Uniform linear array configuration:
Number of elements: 8
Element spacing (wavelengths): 0.75
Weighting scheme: cosine
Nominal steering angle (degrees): -15
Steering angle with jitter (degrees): -13.824
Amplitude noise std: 0.05
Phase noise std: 0.05

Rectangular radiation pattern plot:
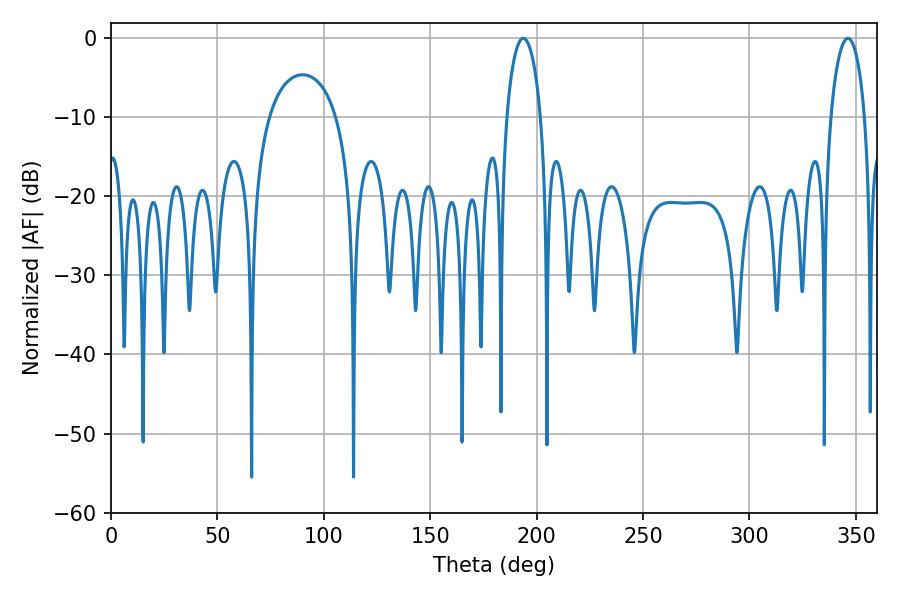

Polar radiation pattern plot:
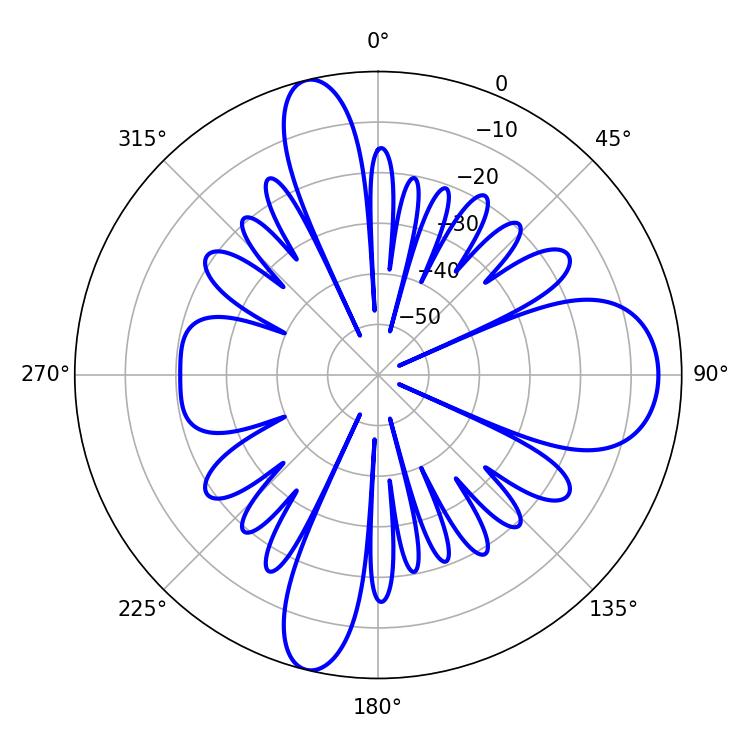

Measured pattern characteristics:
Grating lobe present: TRUE
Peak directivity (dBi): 14.887
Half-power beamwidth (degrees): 9.18
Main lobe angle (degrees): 193.68